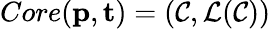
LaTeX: Core(\mathbf{p},\mathbf{t})=(\mathcal{C},\mathcal{L}(\mathcal{C}))